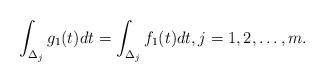
LaTeX: \begin{align*}\int_{\Delta_j}g_1(t)dt=\int_{\Delta_j}f_1(t)dt,j=1,2,\ldots,m.\end{align*}